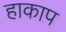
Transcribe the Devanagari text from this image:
हाकाप